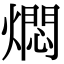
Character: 燜